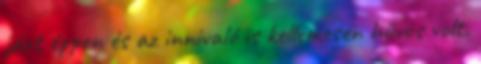
járt éppen és az innivaló is kellemesen hűvös volt.